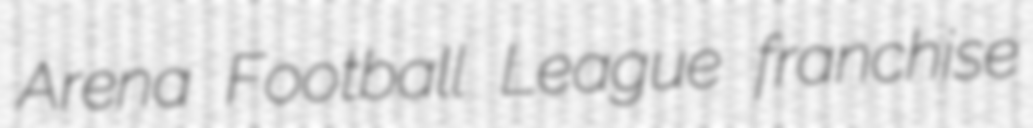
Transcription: Arena Football League franchise